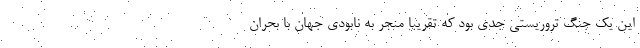
این یک جنگ تروریستی جدی بود که تقریبا منجر به نابودی جهان با بحران